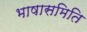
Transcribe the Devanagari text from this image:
भाषासमिति